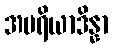
အပရိယာဒိန္နာ